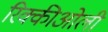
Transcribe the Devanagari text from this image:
रिक्कीओली